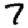
Digit: 7